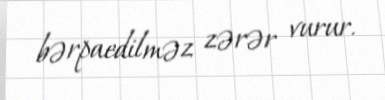
bərpaedilməz zərər vurur.